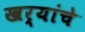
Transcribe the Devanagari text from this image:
खर्‍यांचे